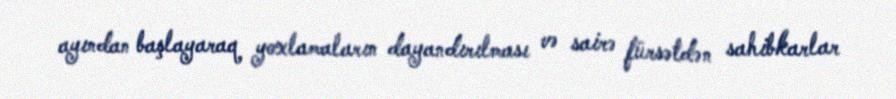
ayından başlayaraq yoxlamaların dayandırılması və sairə fürsətdən sahibkarlar